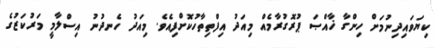
ކިޔަވައިދިނުމަށް ހިންގާ ޚާއްޞަ ޕުރޮގުރާމެއް މިއަދު އިފްތިތާހުކޮށްފިއެވެ. މިއަދު ހެނދުނު އިސްލާމީ މަރުކަޒުގެ